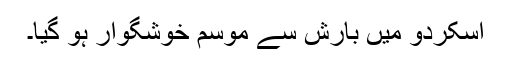
اسکردو میں بارش سے موسم خوشگوار ہو گیا۔